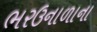
ભરઉનાળાના